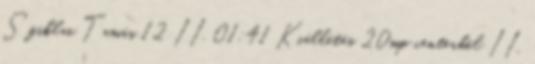
Sziklai Tamás 12 II. 01:41 Kiállítás 20mp centerből II.